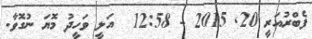
ފެބްރުއަރީ 20